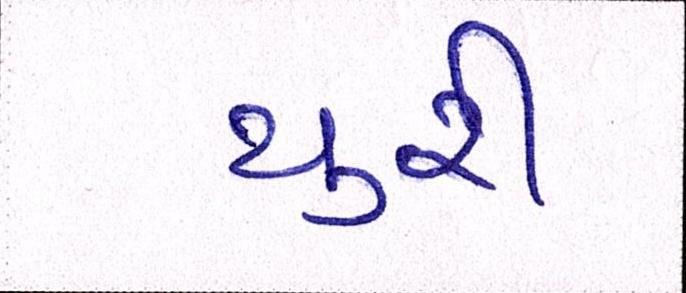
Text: યુરી